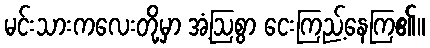
မင်းသားကလေးတို့မှာ အံ့ဩစွာ ငေးကြည့်နေကြ၏။